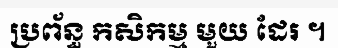
ប្រព័ន្ធ កសិកម្ម មួយ ដែរ ។